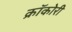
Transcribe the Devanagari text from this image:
क्रॉकोरी